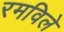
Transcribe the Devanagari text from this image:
रमविले